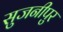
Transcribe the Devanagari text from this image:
सुजनीपुर